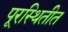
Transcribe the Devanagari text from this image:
पूरस्थितीत